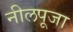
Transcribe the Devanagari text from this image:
नीलपूजा